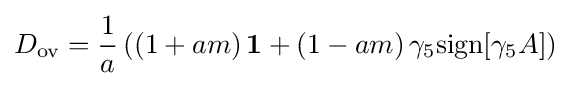
D_{\text{ov}}={\frac {1}{a}}\left(\left(1+am\right)\mathbf {1} +\left(1-am\right)\gamma _{5}\mathrm {sign} [\gamma _{5}A]\right)